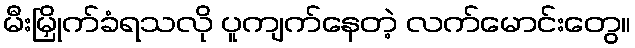
မီးမြှိုက်ခံရသလို ပူကျက်နေတဲ့ လက်မောင်းတွေ။